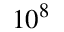
1 0 ^ { 8 }